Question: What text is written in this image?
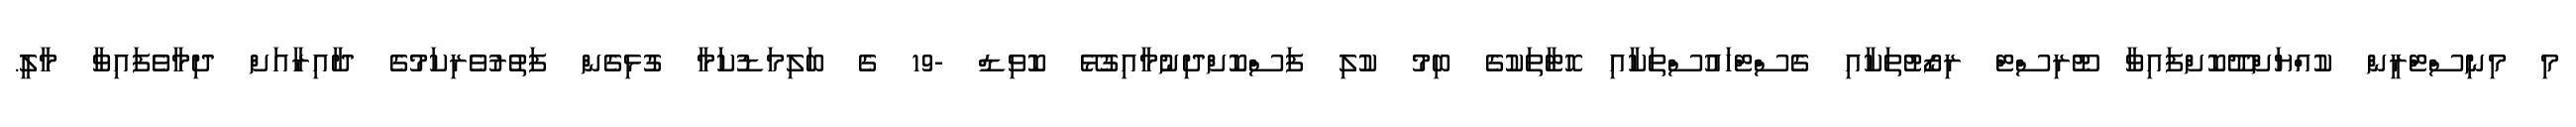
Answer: މި މިނިސްޓްރީން ކުއްޔަށްދޫކޮށްފައިވާ ޓޫރިސްޓް ރިޒޯޓުތަކާއި ގެސްޓްހައުސްތަކާއި ހޮޓާތަކުގެ ބިމު ކުލި ފަސްކޮށްދިނުމާއިގުޅޭ ކޮވިޑް -19 ގެ ބަލިމަޑުކަމާ ގުޅިގެން ފަތުރުވެރިކަމުގެ ދާއިރާއަށް ދިމާވެފައިވާ މާލީ.